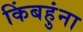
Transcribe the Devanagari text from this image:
किंबहुंना